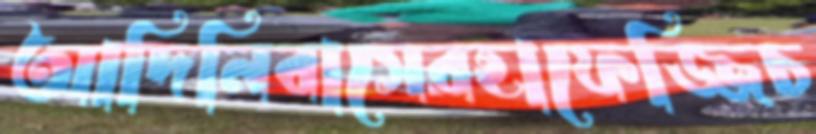
আদিনিবাসেরহাফেজ্জিচ